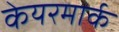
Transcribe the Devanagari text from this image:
केयरमार्क